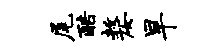
尾酷嫠旱